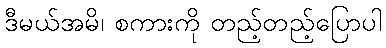
ဒီမယ်အမိ၊ စကားကို တည့်တည့်ပြောပါ